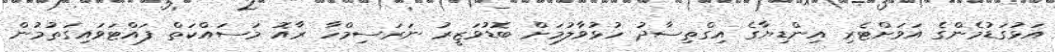
އަޅުގަޑުމެންގެ އަވަށްޓެރި އިންޑިޔާގެ އިގްތިސާދު ހުޅުވާލުމަށް ބޮޑުވަޒީރު ނަރަސިމްހާ ރާއޮ މަސައްކަތް ފައްޓަވައިގަތުމުން